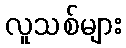
လူသစ်များ